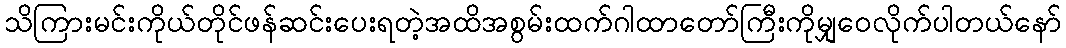
သိကြားမင်းကိုယ်တိုင်ဖန်ဆင်းပေးရတဲ့အထိအစွမ်းထက်ဂါထာတော်ကြီးကိုမျှဝေလိုက်ပါတယ်နော်